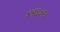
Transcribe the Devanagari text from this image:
४१६०१०